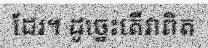
ដែរ។ ដូច្នេះតើវាពិត